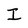
Character: I